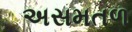
અસમતળ